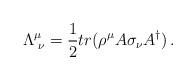
LaTeX: \begin{align*}\Lambda ^{\mu}_{\,\,\nu} =\frac{1}{2} tr (\rho^{\mu} A \sigma_{\nu} A^{\dagger})\,.\end{align*}